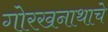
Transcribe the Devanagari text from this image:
गोरखनाथाचे